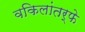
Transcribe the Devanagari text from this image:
वकिलांतर्फे